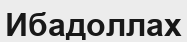
Ибадоллах